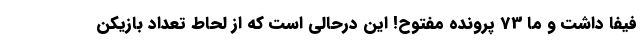
فیفا داشت و ما 73 پرونده مفتوح! این درحالی است که از لحاط تعداد بازیکن